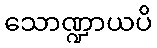
သောဏ္ဍာယပိ